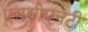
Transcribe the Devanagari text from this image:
एससीएनटी